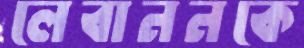
লেবাননকে